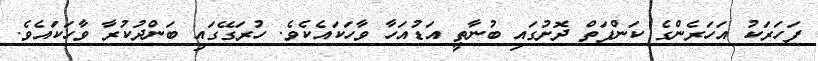
ފަހަރަކު އަހަރެންގެ ކަންފަތް ދޮށުގައި ބުނާތީ އަޑުއަހާ ވާހަކައެކެވެ. ހުރަގޭގައި ބަންދުކުރާ ވާހަކައެވެ.